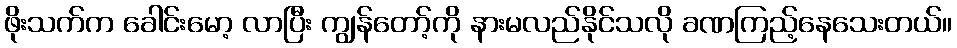
ဖိုးသက်က ခေါင်းမော့ လာပြီး ကျွန်တော့်ကို နားမလည်နိုင်သလို ခဏကြည့်နေသေးတယ်။